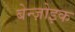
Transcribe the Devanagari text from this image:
बेन्ज़ोइक